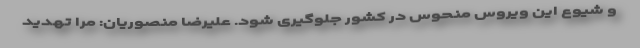
و شیوع این ویروس منحوس در کشور جلوگیری شود. علیرضا منصوریان: مرا تهدید